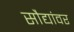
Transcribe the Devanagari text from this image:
सौद्यांवर